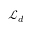
\mathcal { L } _ { d }